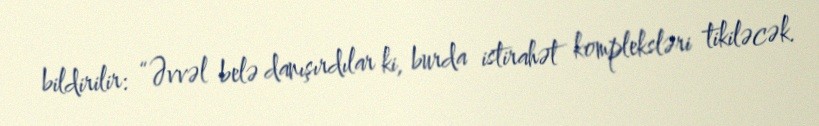
bildirilir: “Əvvəl belə danışırdılar ki, burda istirahət kompleksləri tikiləcək.